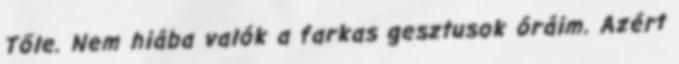
Tőle. Nem hiába valók a farkas gesztusok óráim. Azért